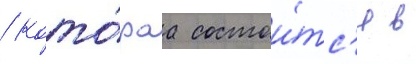
/ кото́раа состои́тс'я в